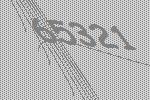
65321